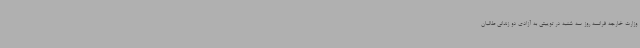
وزارت خارجه فرانسه روز سه شنبه در توییتی به آزادی دو زندانی طالبان